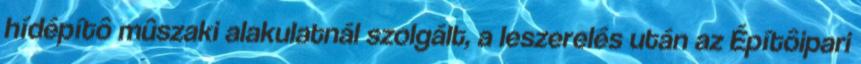
hídépítô mûszaki alakulatnál szolgált, a leszerelés után az Építôipari